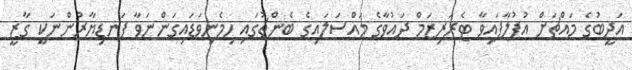
އަދީބުގެ މައްޗަށް އުފުލާފައިވާ ޓެރަރިޒަމް ދައުވާގެ މައްސަލައިގެ ބެންޗުގައި ހިމެނިވަޑައިގަންނަވާ ފަނޑިޔާރުންނަކީ ގާޒީ